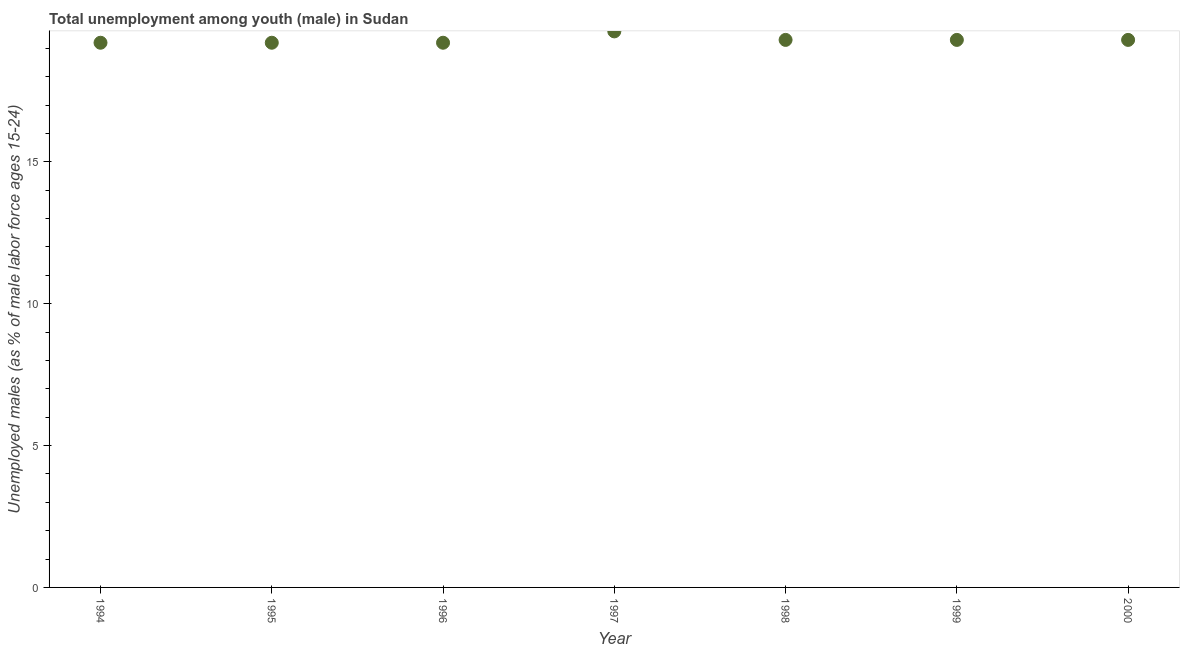
| Year | Unemployment |
 | --- | --- |
 | 1994 | 19.2 |
 | 1995 | 19.2 |
 | 1996 | 19.2 |
 | 1997 | 19.6 |
 | 1998 | 19.3 |
 | 1999 | 19.3 |
 | 2000 | 19.3 |